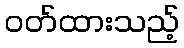
ဝတ်ထားသည့်